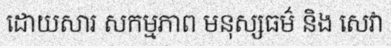
ដោយសារ សកម្មភាព មនុស្សធម៌ និង សេវា